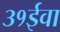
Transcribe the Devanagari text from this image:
३१ईवा